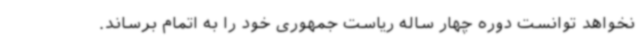
نخواهد توانست دوره چهار ساله ریاست جمهوری خود را به اتمام برساند.